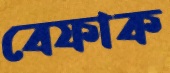
বেফাক